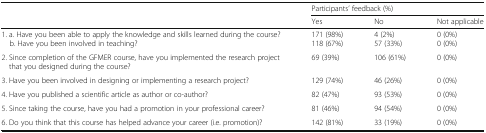
| <ROWSPAN=2>  | <COLSPAN=3> Participants’ feedback (%) |
 | Yes | No | Not applicable |
 | --- | --- | --- | --- |
 | 1. a. Have you been able to apply the knowledge and skills learned during the course? b. Have you been involved in teaching? | 171 (98%)118 (67%) | 4 (2%)57 (33%) | 0 (0%)0 (0%) |
 | 2. Since completion of the GFMER course, have you implemented the research project that you designed during the course? | 69 (39%) | 106 (61%) | 0 (0%) |
 | 3. Have you been involved in designing or implementing a research project? | 129 (74%) | 46 (26%) | 0 (0%) |
 | 4. Have you published a scientific article as author or co-author? | 82 (47%) | 93 (53%) | 0 (0%) |
 | 5. Since taking the course, have you had a promotion in your professional career? | 81 (46%) | 94 (54%) | 0 (0%) |
 | 6. Do you think that this course has helped advance your career (i.e. promotion)? | 142 (81%) | 33 (19%) | 0 (0%) |